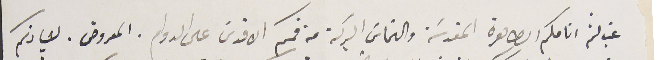
غب لثم انامكم الطاهرة المقدسَة والتماسَ البركة عن فمكم الاقدسَ على الدوام. المعروض. لسيادتكم